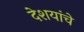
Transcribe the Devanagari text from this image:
देशयांचे